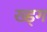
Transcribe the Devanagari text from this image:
ख्ड्ग